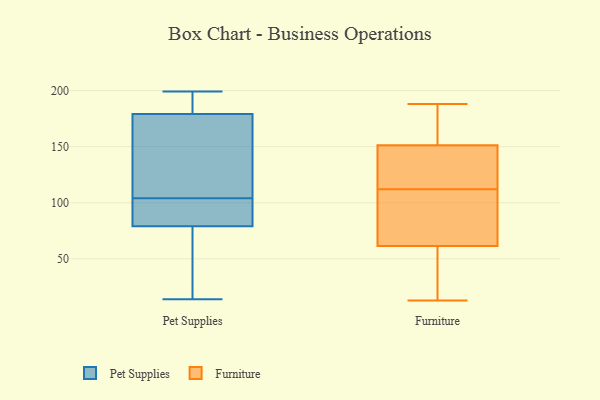
{"axis": {"x": "Revenue (USD Million)", "y": "Value"}, "legend": ["Furniture", "Pet Supplies"], "data": [{"x": "", "y": 79, "type": "Pet Supplies"}, {"x": "", "y": 14, "type": "Pet Supplies"}, {"x": "", "y": 195, "type": "Pet Supplies"}, {"x": "", "y": 97, "type": "Pet Supplies"}, {"x": "", "y": 199, "type": "Pet Supplies"}, {"x": "", "y": 178, "type": "Pet Supplies"}, {"x": "", "y": 30, "type": "Pet Supplies"}, {"x": "", "y": 195, "type": "Pet Supplies"}, {"x": "", "y": 96, "type": "Pet Supplies"}, {"x": "", "y": 179, "type": "Pet Supplies"}, {"x": "", "y": 92, "type": "Pet Supplies"}, {"x": "", "y": 111, "type": "Pet Supplies"}, {"x": "", "y": 164, "type": "Pet Supplies"}, {"x": "", "y": 70, "type": "Pet Supplies"}, {"x": "", "y": 76, "type": "Furniture"}, {"x": "", "y": 154, "type": "Furniture"}, {"x": "", "y": 112, "type": "Furniture"}, {"x": "", "y": 132, "type": "Furniture"}, {"x": "", "y": 143, "type": "Furniture"}, {"x": "", "y": 188, "type": "Furniture"}, {"x": "", "y": 69, "type": "Furniture"}, {"x": "", "y": 59, "type": "Furniture"}, {"x": "", "y": 13, "type": "Furniture"}, {"x": "", "y": 33, "type": "Furniture"}, {"x": "", "y": 158, "type": "Furniture"}]}